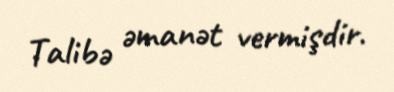
Talibə əmanət vermişdir.